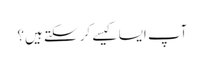
آپ ایسا کیسے کر سکتے ہیں؟